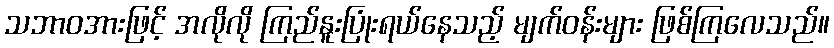
သဘာဝအားဖြင့် အလိုလို ကြည်နူးပြုံးရယ်နေသည့် မျက်ဝန်းများ ဖြစ်ကြလေသည်။